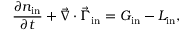
\frac { \partial { n _ { \mathrm { i n } } } } { \partial { t } } + \vec { \nabla } \cdot \vec { \Gamma } _ { \mathrm { i n } } = G _ { \mathrm { i n } } - L _ { \mathrm { i n } } ,